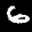
Label: 6